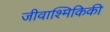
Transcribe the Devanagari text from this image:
जीवाश्मिकिकी